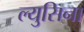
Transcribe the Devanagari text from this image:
ल्युसिना